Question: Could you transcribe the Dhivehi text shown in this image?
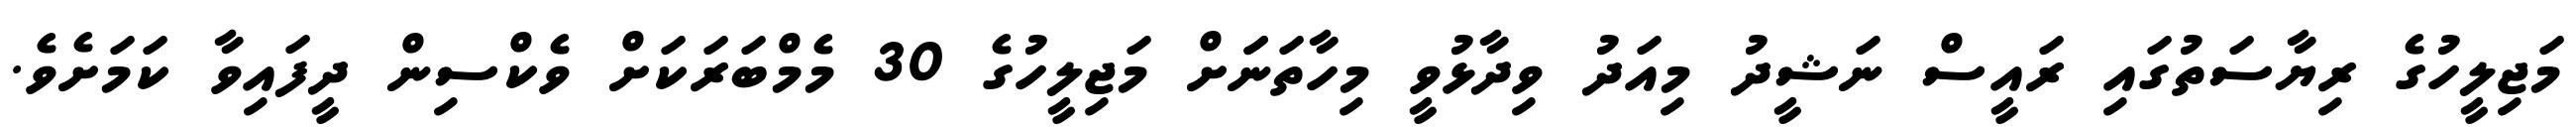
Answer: މަޖިލީހުގެ ރިޔާސަތުގައި ރައީސް ނަޝީދު މިއަދު ވިދާޅުވީ މިހާތަނަަށް މަޖިލީހުގެ 30 މެމްބަރަކަށް ވެކްސިން ދީފައިވާ ކަމަށެވެ.